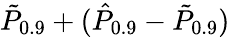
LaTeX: \tilde{P}_{0.9}+(\hat{P}_{0.9}-\tilde{P}_{0.9})